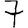
Digit: 7